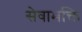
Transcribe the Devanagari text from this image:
सेवाभक्ति